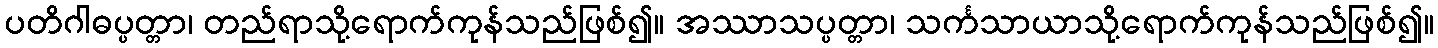
ပတိဂါဓပ္ပတ္တာ၊ တည်ရာသို့ရောက်ကုန်သည်ဖြစ်၍။ အဿာသပ္ပတ္တာ၊ သင်္ကသာယာသို့ရောက်ကုန်သည်ဖြစ်၍။